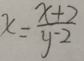
x = \frac { x + 2 } { y - 2 }